Vaccination United Provinces of Agra and Oudh 1902-1913 - 1902-1913
Year: 1902
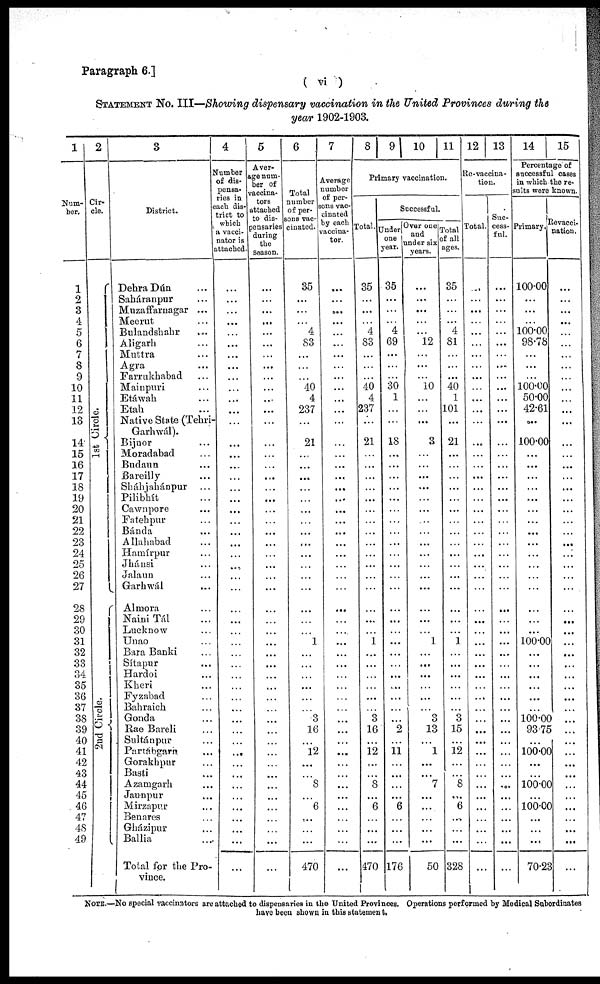
Paragraph 6.]
( vi )
STATEMENT No. III—Showing dispensary vaccination in the United Provinces during the
year 1902-1903.
1
Num-
ber.
1
2
3
4
5
6
7
8
9
10
11
12
13
14
15
16
17
18
19
20
21
22
23
24
25
26
27
28
29
30
31
32
33
34
35
36
37
38
39
40
41
42
43
44
45
46
47
48
49
2
Cir-
cle.
1st Circle.
2nd Circle.
3
District.
Dehra Dún ...
Saháranpur ...
Muzaffarnagar ...
Meerut ...
Bulandshahr ...
Aligarh ...
Muttra ...
Agra ...
Farrukhabad ...
Mainpuri ...
Etáwah ...
Etah ...
Native State (Tehri-
Garhwál).
Bijnor ...
Moradabad ...
Budaun ...
Bareilly ...
Sháhjahánpur ...
Pilibhít ...
Cawnpore ...
Fatehpur ...
Bánda ...
Allahabad ...
Hamírpur ...
Jhánsi ...
Jalaun ...
Garhwál ...
Almora ...
Naini Tál ...
Lucknow ...
Unao ...
Bara Banki ...
Sítapur ...
Hardoi ...
Kheri ...
Fyzabad ...
Bahraich ...
Gonda ...
Rae Bareli ...
Sultánpur ...
Partábgarn ...
Gorakhpur ...
Basti ...
Azamgarh ...
Jaunpur ...
Mirzapur ...
Benares ...
Gházipur ...
Ballia ...
Total for the Pro-
vince.
4
Number
of dis-
pensa-
ries in
each dis-
trict to
which
a vacci-
nator is
attached.
...
...
...
...
...
...
...
...
...
...
...
...
...
...
...
...
...
...
...
...
...
...
...
...
...
...
...
...
...
...
...
...
...
...
...
...
...
...
...
...
...
...
...
...
...
...
...
...
...
...
5
Aver-
--e num-
ber of
vaccina-
tors
attached
to dis-
pensaries
during
the
Season.
...
...
...
...
...
...
...
...
...
...
...
...
...
...
...
...
...
...
...
...
...
...
...
...
...
...
...
...
...
...
...
...
...
...
...
...
...
...
...
...
...
...
...
...
...
...
...
...
...
...
6
Total
number
of per-
sons vac-
cinated.
35
...
...
...
4
83
...
...
...
40
4
237
...
21
...
...
...
...
...
...
...
...
...
...
...
...
...
...
...
...
1
...
...
...
...
...
...
3
16
...
12
...
...
8
...
6
...
...
...
470
7
Average
number
of per-
sons vac-
cinated
by each
vaccina-
tor.
...
...
...
...
...
...
...
...
...
...
...
...
...
...
...
...
...
...
...
...
...
...
...
...
...
...
...
...
...
...
...
...
...
...
...
...
...
...
...
...
...
...
...
...
...
...
...
...
...
...
8 9 10 11
Primary vaccination.
Total.
35
...
...
...
4
83
...
...
...
40
4
237
...
21
...
...
...
...
...
...
...
...
...
...
...
...
...
...
...
...
1
...
...
...
...
...
...
3
16
...
12
...
...
8
...
6
...
...
...
470
Successful.
Under
one
year.
35
...
...
...
4
69
...
...
...
30
1
...
...
18
...
...
...
...
...
...
...
...
...
...
...
...
...
...
...
...
...
...
...
...
...
...
...
...
2
...
11 ...
...
...
...
6
...
...
...
176
Over one
and
under six
years.
...
...
...
...
...
12
...
...
...
10
...
...
...
3
...
...
...
...
...
...
...
...
...
...
...
...
...
...
...
...
1
...
...
...
...
...
...
3
13
...
1
...
...
7
...
...
...
...
...
50
Total
of all
ages.
35
...
...
...
4
81
...
...
...
40
1
101
...
21
...
...
...
...
...
...
...
...
...
...
...
...
...
...
...
...
1
...
...
...
...
...
...
3
15
...
12
...
...
8
...
6
...
...
...
328
12 13
Re-vaccina-
tion.
Total.
...
...
...
...
...
...
...
...
...
...
...
...
...
...
...
...
...
...
...
...
...
...
...
...
...
...
...
...
...
...
...
...
...
...
...
...
...
...
...
...
...
...
...
...
...
...
...
...
...
...
Suc-
cess-
ful.
...
...
...
...
...
...
...
...
...
...
...
...
...
...
...
...
...
...
...
...
...
...
...
...
...
...
...
...
...
...
...
...
...
...
...
...
...
...
...
...
...
...
...
...
...
...
...
...
...
...
14 15
Percentage of
successful cases
in which the re-
sults were known.
Primary.
100.00
...
...
...
100.00
98.78
...
...
...
100.00
50.00
42.61
...
100.00
...
...
...
...
...
...
...
...
...
...
...
...
...
...
...
...
100.00
...
...
...
...
...
...
100.00
93.75
...
100.00
...
...
100.00
...
100.00
...
...
...
70.23
Revacci-
nation.
...
...
...
...
...
...
...
...
...
...
...
...
...
...
...
...
...
...
...
...
...
...
...
...
...
...
...
...
...
...
...
...
...
...
...
...
...
...
...
...
...
...
...
...
...
...
...
...
...
...
NOTE.—No special vaccinators are attached to dispensaries in the United Provinces. Operations performed by Medical Subordinates
have been shown in this statement.